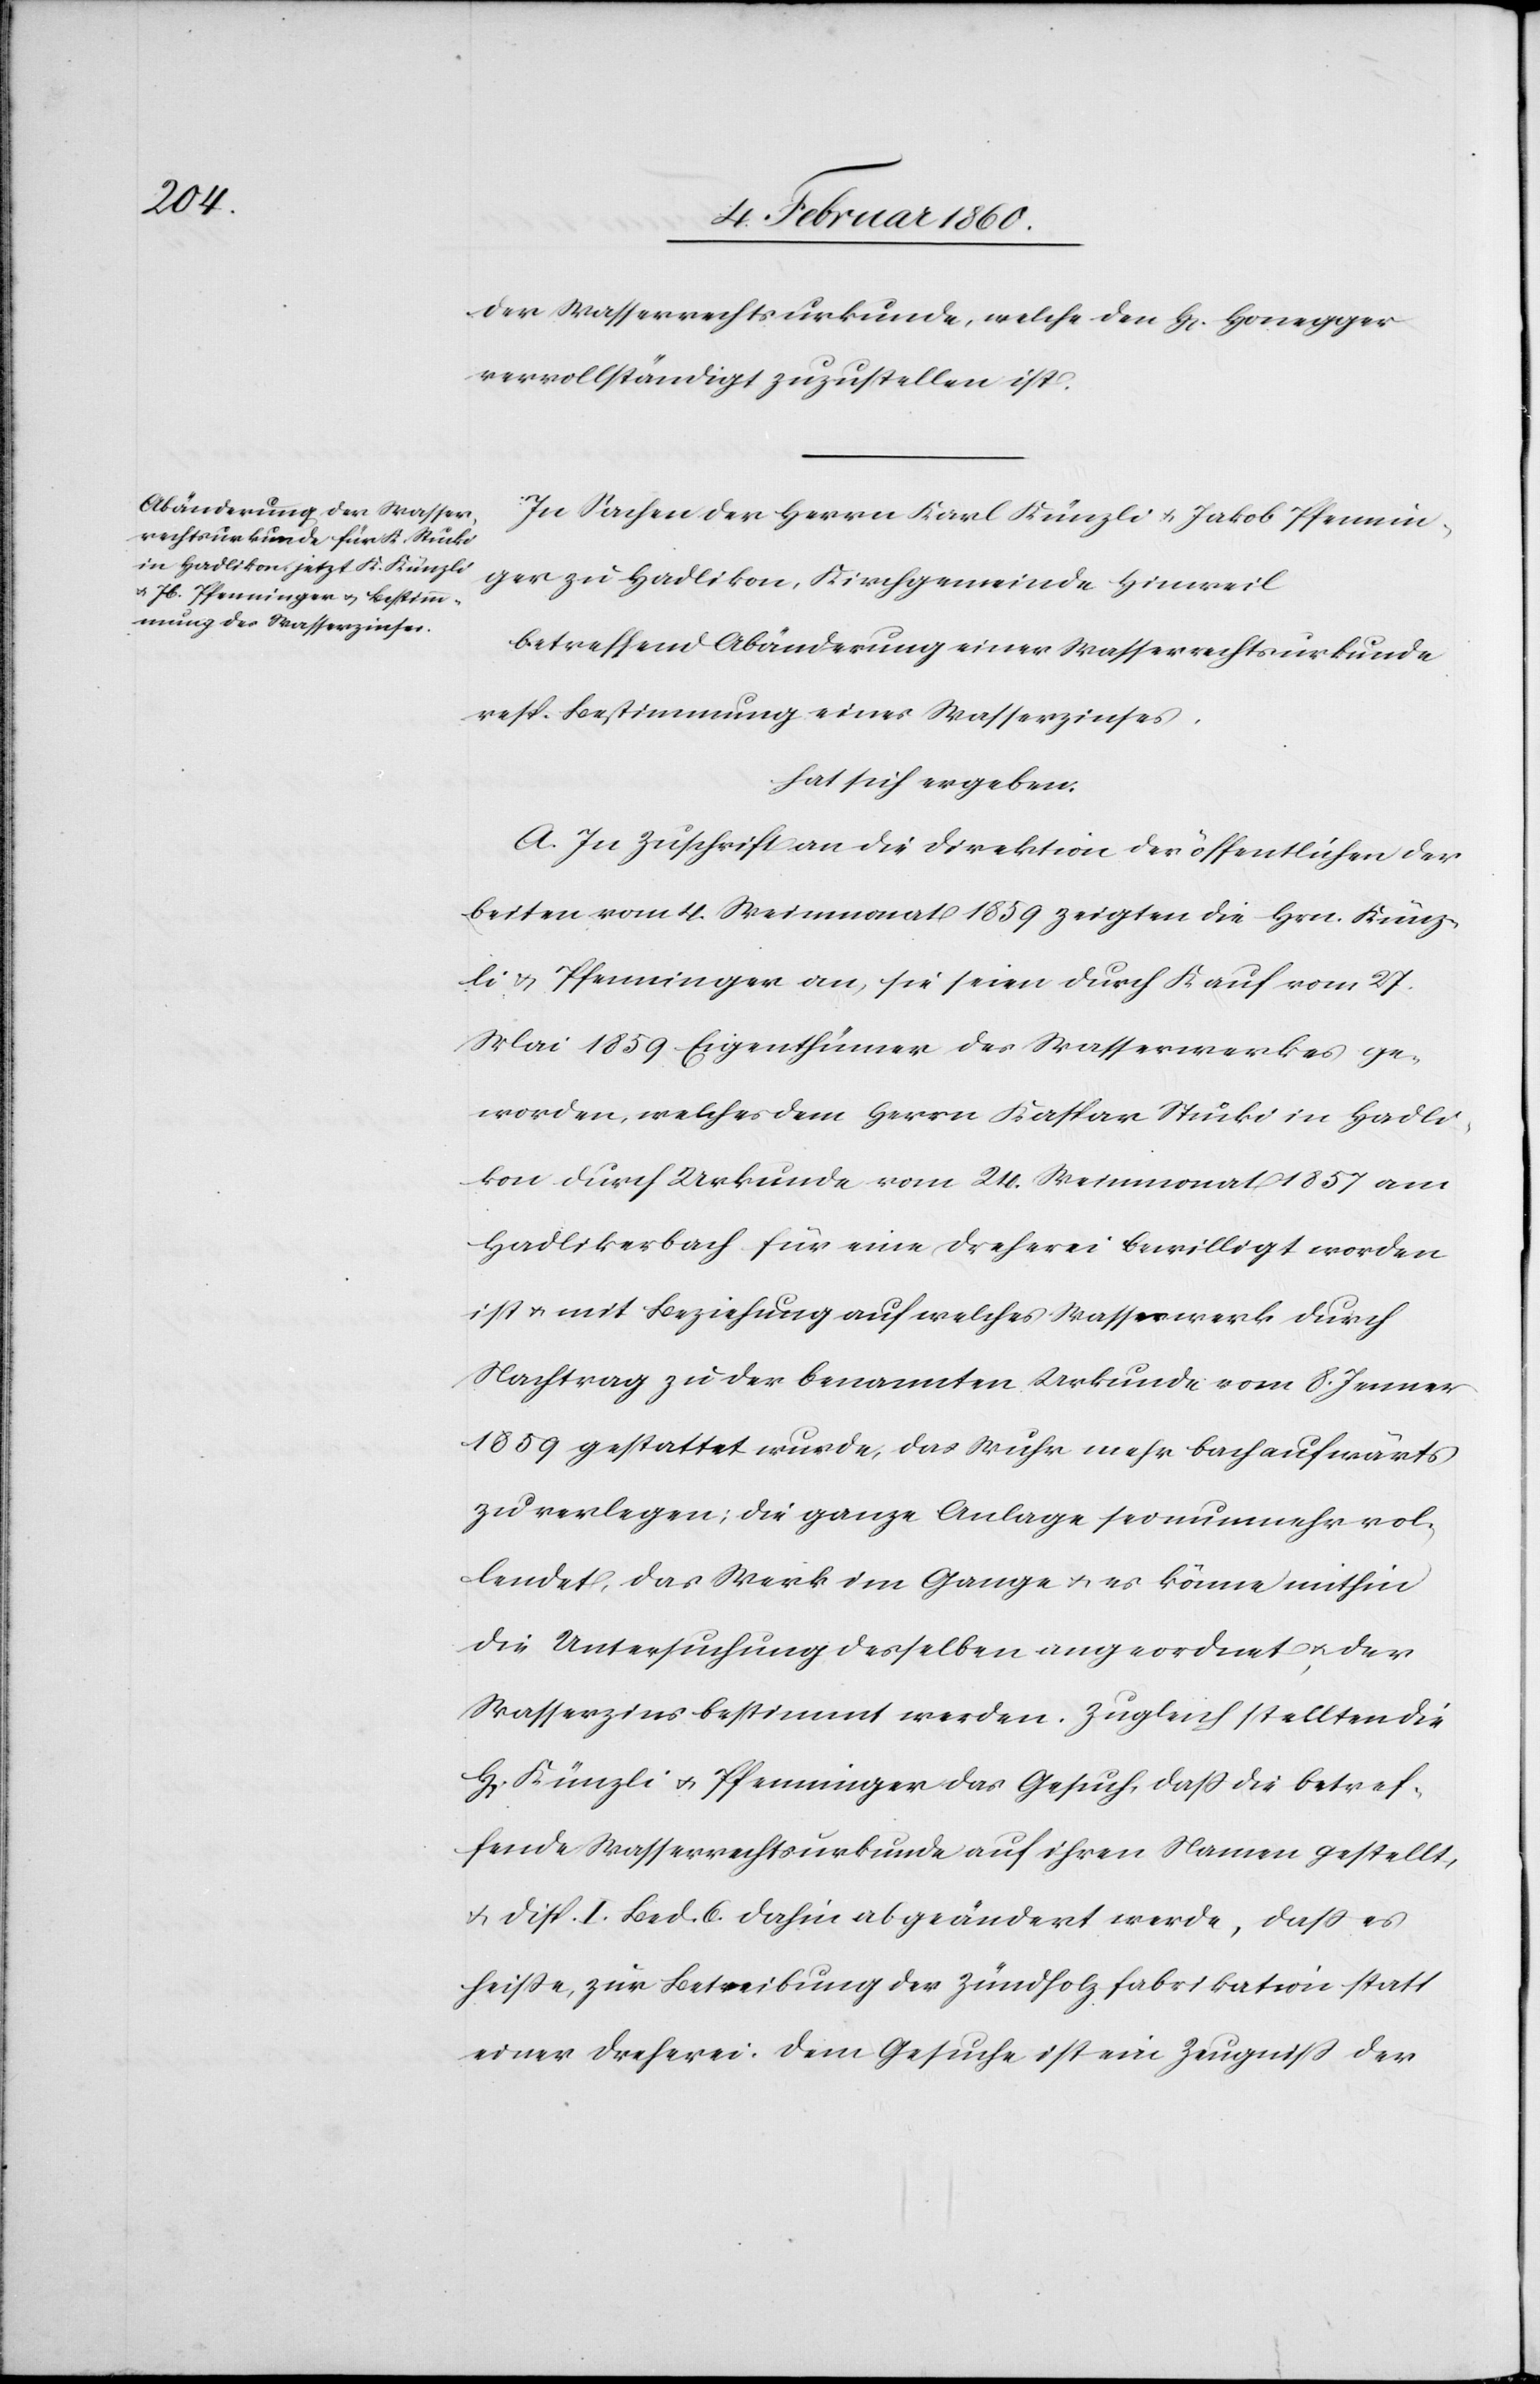
der Wasserrechtsurkunde, welche den H. Honegger
vervollständigt zuzustellen ist.
In Sachen der Herrn Karl Künzli u. Jakob Pfennin¬
ger zu Hadlikon, Kirchgemeinde Hinweil
betreffend Abänderung einer Wasserrechtsurkunde
resp. Bestimmung eines Wasserzinses,
hat sich ergeben:
A. In Zuschrift an die Direktion der öffentlichen der
Arbeiten] vom 4. Weinmonat 1859 zeigten die Hrn. Künz¬
li u. Pfenninger an, sie seien durch Kauf vom 27.
Mai 1859 Eigenthümer des Wasserwerkes ge¬
worden, welches dem Herrn Kaspar Stucki in Hadli¬
kon durch Urkunde vom 24. Weinmonat 1857 am
Hadlikerbach für eine Dreherei bewilligt worden
ist u. mit Beziehung auf welches Wasserwerk durch
Nachtrag zu der benannten Urkunde vom 8. Jenner
1859 gestattet wurde, das Wuhr mehr bachaufwärts
zu verlegen; die ganze Anlage sei nunmehr vol¬
lendet, das Werk im Gange u. es könne mithin
die Untersuchung derselben angeordnet u. der
Wasserzins bestimmt werden. Zugleich stellten die
H. Künzli u. Pfenninger das Gesuch, dass die betref¬
fende Wasserrechtsurkunde auf ihren Namen gestellt,
u. Disp. I. Bed. 6. dahin abgeändert werde, dass es
heiße, zur Betreibung der Zündholzfabrikation statt
einer Dreherei. Dem Gesuch ist ein Zeugniss der